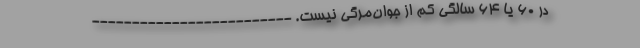
در 60 یا 64 سالگی کم از جوان‌مرگی نیست. -------------------------